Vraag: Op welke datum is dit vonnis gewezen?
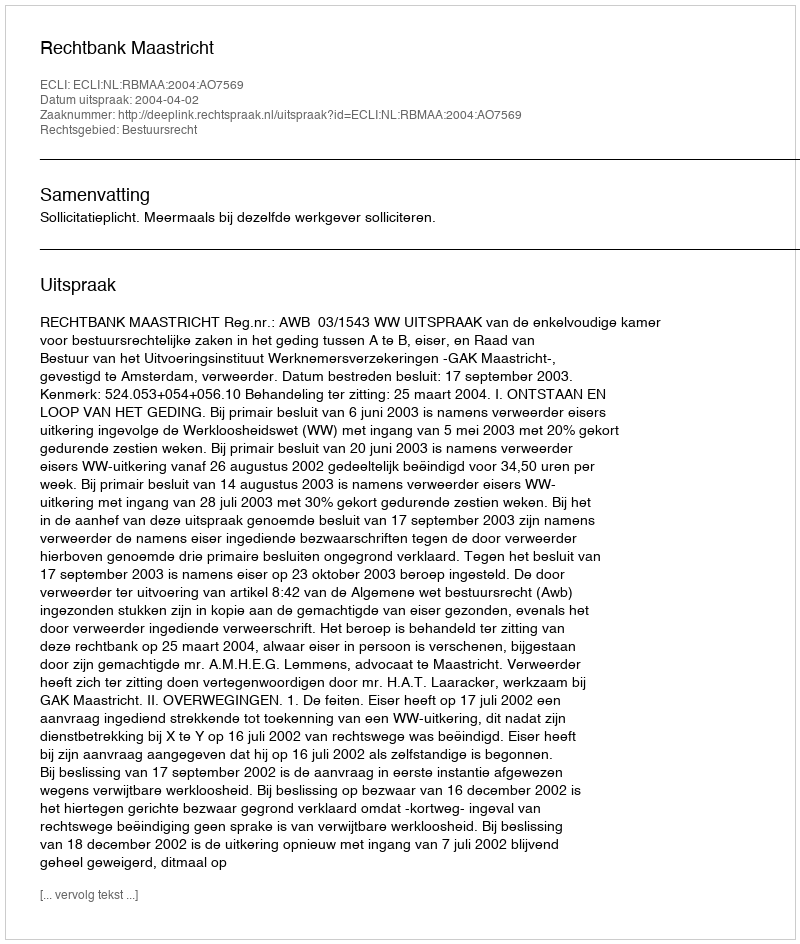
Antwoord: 2004-04-02